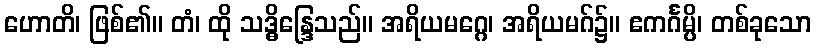
ဟောတိ၊ ဖြစ်၏။ တံ၊ ထို သဒ္ဓိန္ဒြေသည်။ အရိယမဂ္ဂေ၊ အရိယမဂ်၌။ ဧကင်္ဂမ္ပိ၊ တစ်ခုသော